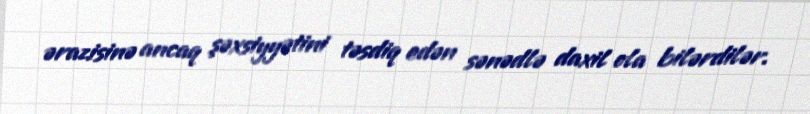
ərazisinə ancaq şəxsiyyətini təsdiq edən sənədlə daxil ola bilərdilər.